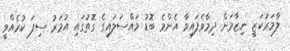
ލާމަރުކަޒީ ނިޒާމަށް ދިމާވެފައިވާ އެންމެ ބޮޑު މައްސަލައިގެ ގޮތުގައި އުމަރު ސިފަ ކުރެއްވީ